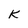
Character: K